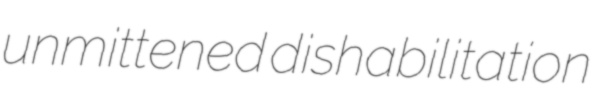
unmittened dishabilitation